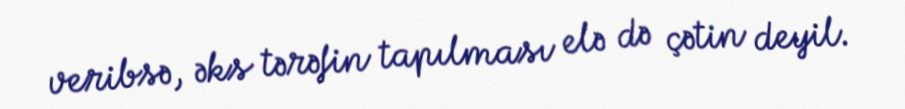
veribsə, əks tərəfin tapılması elə də çətin deyil.